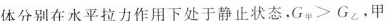
体分别在水平拉力作用下处于静止状态。G_{甲}>G_{乙}，甲